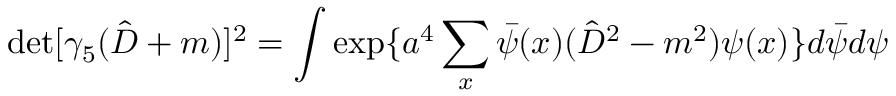
\operatorname * { d e t } [ \gamma _ { 5 } ( \hat { D } + m ) ] ^ { 2 } = \int \exp \{ a ^ { 4 } \sum _ { x } \bar { \psi } ( x ) ( \hat { D } ^ { 2 } - m ^ { 2 } ) \psi ( x ) \} d \bar { \psi } d \psi